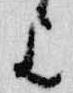
歟